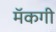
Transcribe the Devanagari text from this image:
मॅकगी